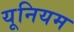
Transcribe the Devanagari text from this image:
यूनियम